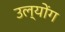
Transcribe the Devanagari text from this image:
उल्योंग